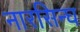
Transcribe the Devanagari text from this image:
नारसिन्घ